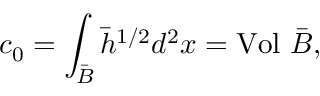
c _ { 0 } = \int _ { \bar { B } } { \bar { h } } ^ { 1 / 2 } d ^ { 2 } x = \mathrm { V o l } ~ \bar { \cal B } ,